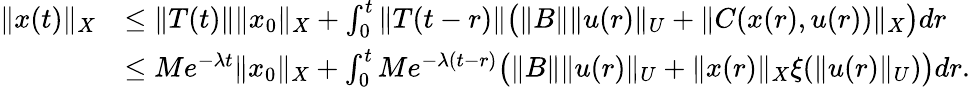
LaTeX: \begin{array}{rl}{\| x(t)\| _{X}}&{\leq\| T(t)\| \| x_{0}\| _{X}+\int_{0}^{t}\| T(t-r)\| \big(\| B\| \| u(r)\| _{U}+\| C(x(r),u(r))\| _{X}\big)dr}\\ &{\leq Me^{-\lambda t}\| x_{0}\| _{X}+\int_{0}^{t}Me^{-\lambda(t-r)}\big(\| B\| \| u(r)\| _{U}+\| x(r)\| _{X}\xi(\| u(r)\| _{U})\big)dr.}\end{array}